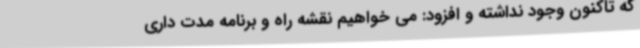
که تاکنون وجود نداشته و افزود: می خواهیم نقشه راه و برنامه مدت داری